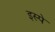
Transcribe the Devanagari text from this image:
इस्पे